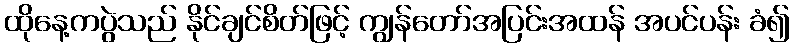
ထိုနေ့ကပွဲသည် နိုင်ချင်စိတ်ဖြင့် ကျွန်တော်အပြင်းအထန် အပင်ပန်း ခံ၍